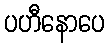
ပဟီနောပေ